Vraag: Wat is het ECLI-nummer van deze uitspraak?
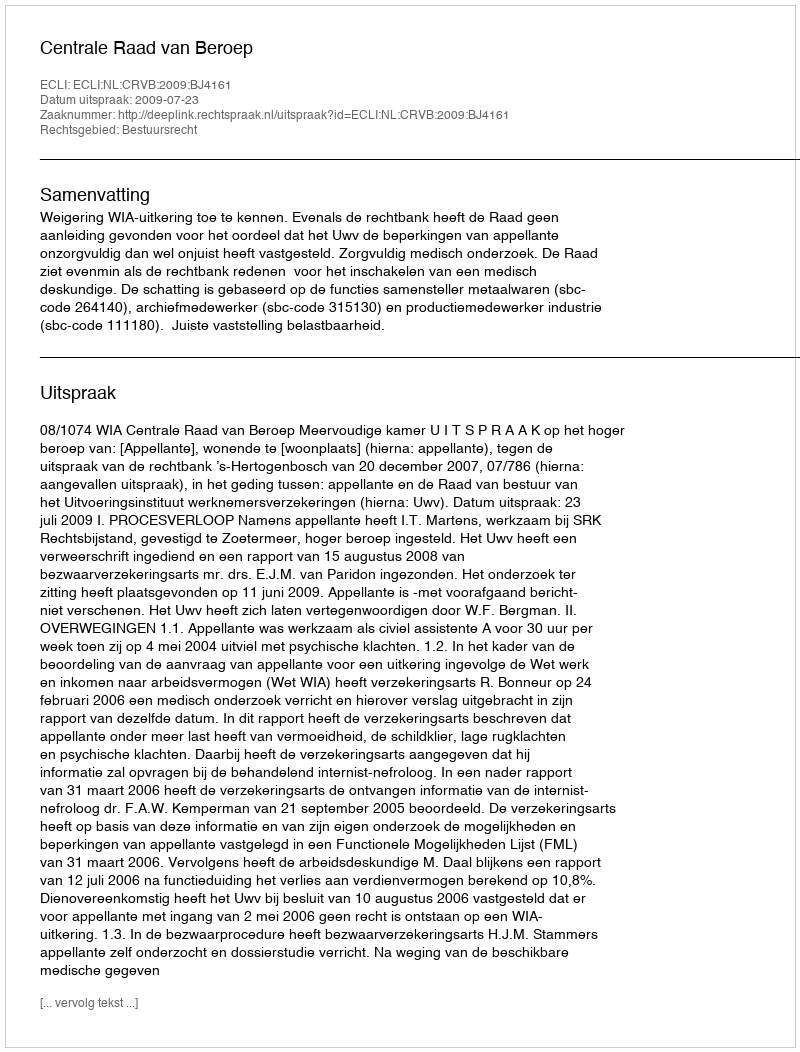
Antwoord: ECLI:NL:CRVB:2009:BJ4161